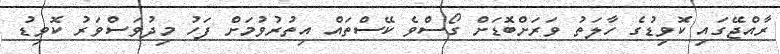
ރާއްޖޭގައި ކޮވިޑުގެ ހާލަތުު ވަރަށްބޮޑަށް ގޯސްވެ ކޭސްތައް އިތުރުވުމަށް ފަހު މިދުވަސްވަރު ކޮވިޑު